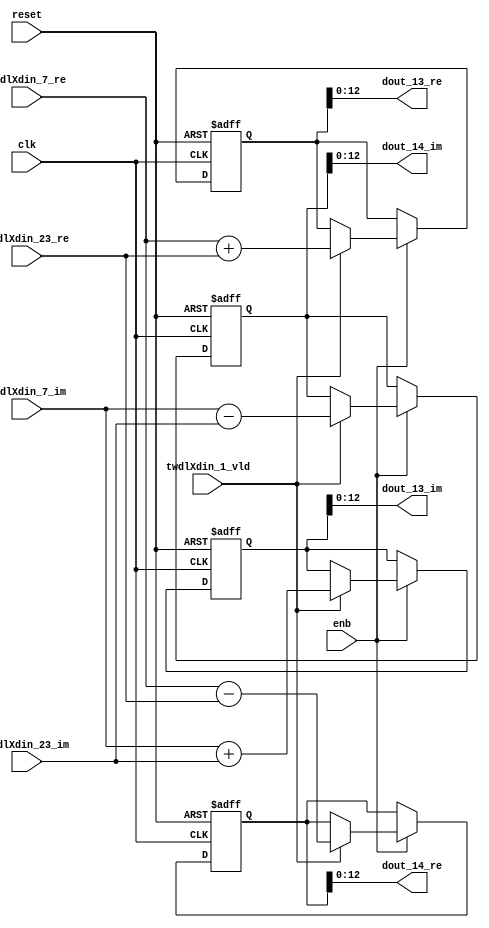
// -------------------------------------------------------------
// 
// 
// Generated by MATLAB 9.14 and HDL Coder 4.1
// 
// -------------------------------------------------------------


// -------------------------------------------------------------
// 
// Module: RADIX22FFT_SDNF1_1_block5
// Source Path: RSP/RSP/Velocity Processor/Doppler Processing/Doppler Processor/FFT/RADIX22FFT_SDNF1_1
// Hierarchy Level: 5
// 
// -------------------------------------------------------------

`timescale 1 ns / 1 ns

module RADIX22FFT_SDNF1_1_block5
          (clk,
           reset,
           enb,
           twdlXdin_7_re,
           twdlXdin_7_im,
           twdlXdin_23_re,
           twdlXdin_23_im,
           twdlXdin_1_vld,
           dout_13_re,
           dout_13_im,
           dout_14_re,
           dout_14_im);


  input   clk;
  input   reset;
  input   enb;
  input   signed [12:0] twdlXdin_7_re;  // sfix13_En10
  input   signed [12:0] twdlXdin_7_im;  // sfix13_En10
  input   signed [12:0] twdlXdin_23_re;  // sfix13_En10
  input   signed [12:0] twdlXdin_23_im;  // sfix13_En10
  input   twdlXdin_1_vld;
  output  signed [12:0] dout_13_re;  // sfix13_En10
  output  signed [12:0] dout_13_im;  // sfix13_En10
  output  signed [12:0] dout_14_re;  // sfix13_En10
  output  signed [12:0] dout_14_im;  // sfix13_En10


  reg signed [13:0] Radix22ButterflyG1_NF_btf1_re_reg;  // sfix14
  reg signed [13:0] Radix22ButterflyG1_NF_btf1_im_reg;  // sfix14
  reg signed [13:0] Radix22ButterflyG1_NF_btf2_re_reg;  // sfix14
  reg signed [13:0] Radix22ButterflyG1_NF_btf2_im_reg;  // sfix14
  reg  Radix22ButterflyG1_NF_dinXtwdl_vld_dly1;
  reg signed [13:0] Radix22ButterflyG1_NF_btf1_re_reg_next;  // sfix14_En10
  reg signed [13:0] Radix22ButterflyG1_NF_btf1_im_reg_next;  // sfix14_En10
  reg signed [13:0] Radix22ButterflyG1_NF_btf2_re_reg_next;  // sfix14_En10
  reg signed [13:0] Radix22ButterflyG1_NF_btf2_im_reg_next;  // sfix14_En10
  reg  Radix22ButterflyG1_NF_dinXtwdl_vld_dly1_next;
  reg signed [12:0] dout_13_re_1;  // sfix13_En10
  reg signed [12:0] dout_13_im_1;  // sfix13_En10
  reg signed [12:0] dout_14_re_1;  // sfix13_En10
  reg signed [12:0] dout_14_im_1;  // sfix13_En10
  reg  dout_13_vld;
  reg signed [13:0] Radix22ButterflyG1_NF_add_cast;  // sfix14_En10
  reg signed [13:0] Radix22ButterflyG1_NF_add_cast_0;  // sfix14_En10
  reg signed [13:0] Radix22ButterflyG1_NF_sub_cast;  // sfix14_En10
  reg signed [13:0] Radix22ButterflyG1_NF_sub_cast_0;  // sfix14_En10
  reg signed [13:0] Radix22ButterflyG1_NF_add_cast_1;  // sfix14_En10
  reg signed [13:0] Radix22ButterflyG1_NF_add_cast_2;  // sfix14_En10
  reg signed [13:0] Radix22ButterflyG1_NF_sub_cast_1;  // sfix14_En10
  reg signed [13:0] Radix22ButterflyG1_NF_sub_cast_2;  // sfix14_En10


  // Radix22ButterflyG1_NF
  always @(posedge clk or posedge reset)
    begin : Radix22ButterflyG1_NF_process
      if (reset == 1'b1) begin
        Radix22ButterflyG1_NF_btf1_re_reg <= 14'sb00000000000000;
        Radix22ButterflyG1_NF_btf1_im_reg <= 14'sb00000000000000;
        Radix22ButterflyG1_NF_btf2_re_reg <= 14'sb00000000000000;
        Radix22ButterflyG1_NF_btf2_im_reg <= 14'sb00000000000000;
        Radix22ButterflyG1_NF_dinXtwdl_vld_dly1 <= 1'b0;
      end
      else begin
        if (enb) begin
          Radix22ButterflyG1_NF_btf1_re_reg <= Radix22ButterflyG1_NF_btf1_re_reg_next;
          Radix22ButterflyG1_NF_btf1_im_reg <= Radix22ButterflyG1_NF_btf1_im_reg_next;
          Radix22ButterflyG1_NF_btf2_re_reg <= Radix22ButterflyG1_NF_btf2_re_reg_next;
          Radix22ButterflyG1_NF_btf2_im_reg <= Radix22ButterflyG1_NF_btf2_im_reg_next;
          Radix22ButterflyG1_NF_dinXtwdl_vld_dly1 <= Radix22ButterflyG1_NF_dinXtwdl_vld_dly1_next;
        end
      end
    end

  always @(Radix22ButterflyG1_NF_btf1_im_reg, Radix22ButterflyG1_NF_btf1_re_reg,
       Radix22ButterflyG1_NF_btf2_im_reg, Radix22ButterflyG1_NF_btf2_re_reg,
       Radix22ButterflyG1_NF_dinXtwdl_vld_dly1, twdlXdin_1_vld, twdlXdin_23_im,
       twdlXdin_23_re, twdlXdin_7_im, twdlXdin_7_re) begin
    Radix22ButterflyG1_NF_add_cast = 14'sb00000000000000;
    Radix22ButterflyG1_NF_add_cast_0 = 14'sb00000000000000;
    Radix22ButterflyG1_NF_sub_cast = 14'sb00000000000000;
    Radix22ButterflyG1_NF_sub_cast_0 = 14'sb00000000000000;
    Radix22ButterflyG1_NF_add_cast_1 = 14'sb00000000000000;
    Radix22ButterflyG1_NF_add_cast_2 = 14'sb00000000000000;
    Radix22ButterflyG1_NF_sub_cast_1 = 14'sb00000000000000;
    Radix22ButterflyG1_NF_sub_cast_2 = 14'sb00000000000000;
    Radix22ButterflyG1_NF_btf1_re_reg_next = Radix22ButterflyG1_NF_btf1_re_reg;
    Radix22ButterflyG1_NF_btf1_im_reg_next = Radix22ButterflyG1_NF_btf1_im_reg;
    Radix22ButterflyG1_NF_btf2_re_reg_next = Radix22ButterflyG1_NF_btf2_re_reg;
    Radix22ButterflyG1_NF_btf2_im_reg_next = Radix22ButterflyG1_NF_btf2_im_reg;
    Radix22ButterflyG1_NF_dinXtwdl_vld_dly1_next = twdlXdin_1_vld;
    if (twdlXdin_1_vld) begin
      Radix22ButterflyG1_NF_add_cast = {twdlXdin_7_re[12], twdlXdin_7_re};
      Radix22ButterflyG1_NF_add_cast_0 = {twdlXdin_23_re[12], twdlXdin_23_re};
      Radix22ButterflyG1_NF_btf1_re_reg_next = Radix22ButterflyG1_NF_add_cast + Radix22ButterflyG1_NF_add_cast_0;
      Radix22ButterflyG1_NF_sub_cast = {twdlXdin_7_re[12], twdlXdin_7_re};
      Radix22ButterflyG1_NF_sub_cast_0 = {twdlXdin_23_re[12], twdlXdin_23_re};
      Radix22ButterflyG1_NF_btf2_re_reg_next = Radix22ButterflyG1_NF_sub_cast - Radix22ButterflyG1_NF_sub_cast_0;
      Radix22ButterflyG1_NF_add_cast_1 = {twdlXdin_7_im[12], twdlXdin_7_im};
      Radix22ButterflyG1_NF_add_cast_2 = {twdlXdin_23_im[12], twdlXdin_23_im};
      Radix22ButterflyG1_NF_btf1_im_reg_next = Radix22ButterflyG1_NF_add_cast_1 + Radix22ButterflyG1_NF_add_cast_2;
      Radix22ButterflyG1_NF_sub_cast_1 = {twdlXdin_7_im[12], twdlXdin_7_im};
      Radix22ButterflyG1_NF_sub_cast_2 = {twdlXdin_23_im[12], twdlXdin_23_im};
      Radix22ButterflyG1_NF_btf2_im_reg_next = Radix22ButterflyG1_NF_sub_cast_1 - Radix22ButterflyG1_NF_sub_cast_2;
    end
    dout_13_re_1 = Radix22ButterflyG1_NF_btf1_re_reg[12:0];
    dout_13_im_1 = Radix22ButterflyG1_NF_btf1_im_reg[12:0];
    dout_14_re_1 = Radix22ButterflyG1_NF_btf2_re_reg[12:0];
    dout_14_im_1 = Radix22ButterflyG1_NF_btf2_im_reg[12:0];
    dout_13_vld = Radix22ButterflyG1_NF_dinXtwdl_vld_dly1;
  end



  assign dout_13_re = dout_13_re_1;

  assign dout_13_im = dout_13_im_1;

  assign dout_14_re = dout_14_re_1;

  assign dout_14_im = dout_14_im_1;

endmodule  // RADIX22FFT_SDNF1_1_block5